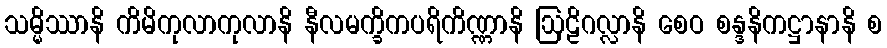
သမ္မိဿာနိ ကိမိကုလာကုလာနိ နီလမက္ခိကပရိကိဏ္ဏာနိ ဩဠိဂလ္လာနိ စေဝ စန္ဒနိကဋ္ဌာနာနိ စ